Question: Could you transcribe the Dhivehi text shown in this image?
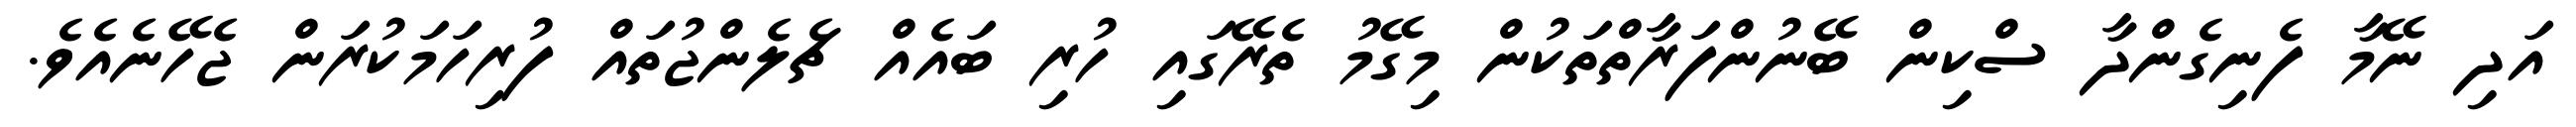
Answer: އަދި ނޭމާ ފެނިގެންދާ ސްކިން ބޭނުންފަރާތްތަކުން މިގޭމު ތެރޭގައި ހުރި ބައެއް ޗެލެންޖުތައް ފުރިހަމަކުރަން ޖެހޭނެއެވެ.